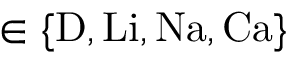
\in \{ \mathrm { D , L i , N a , C a } \}